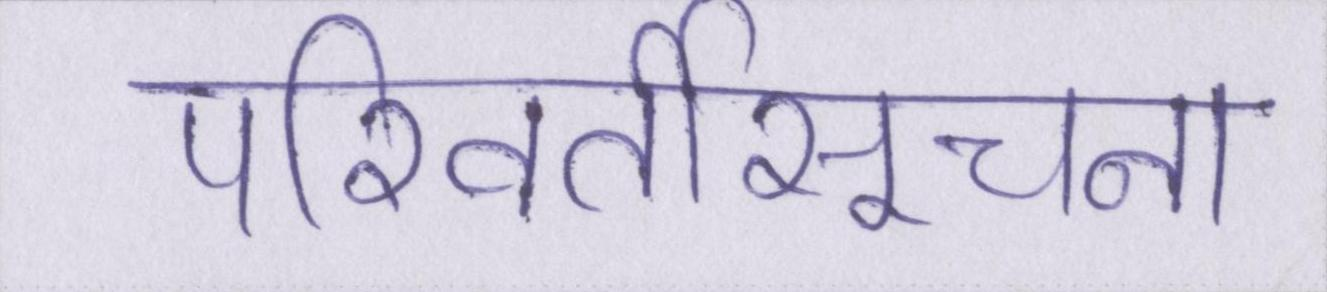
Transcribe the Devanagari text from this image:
परिवर्तीसूचना